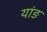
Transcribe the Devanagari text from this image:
यांङ